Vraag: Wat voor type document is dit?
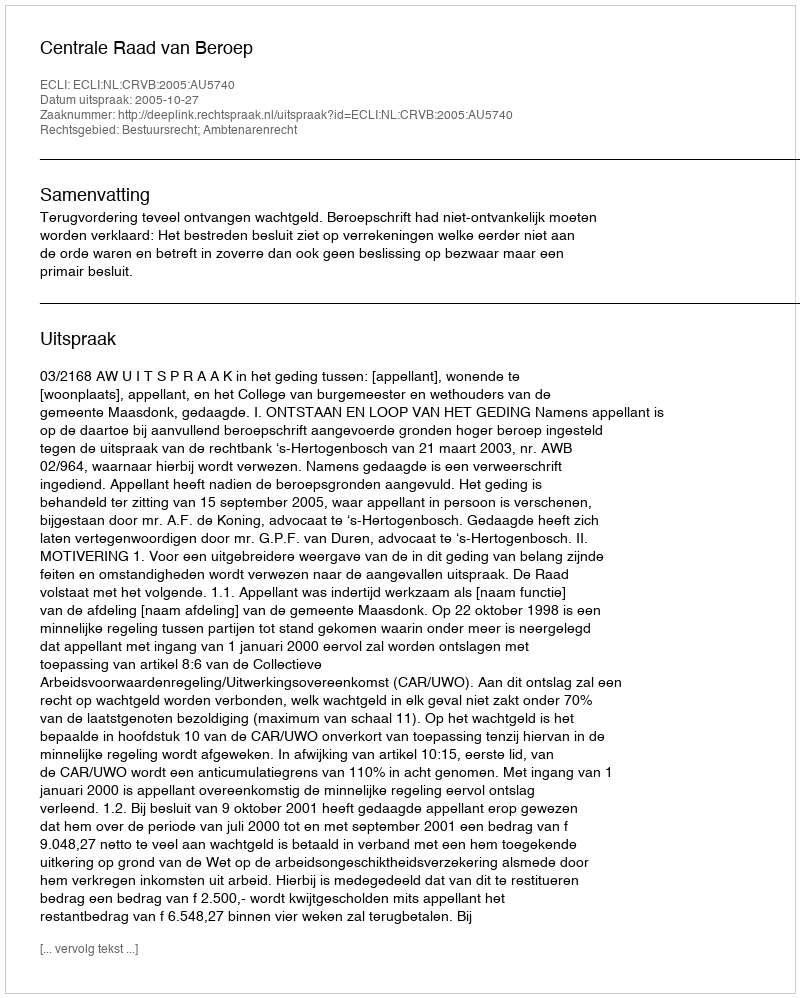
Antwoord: Uitspraak